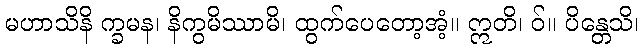
မဟာသိနိ က္ခမန၊ နိကွမိဿာမိ၊ ထွက်ပေတော့အံ့။ ဣတိ၊ ဝ်။ ပိန္တေသိ၊